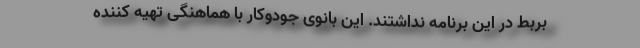
بربط در این برنامه نداشتند. این بانوی جودوکار با هماهنگی تهیه کننده